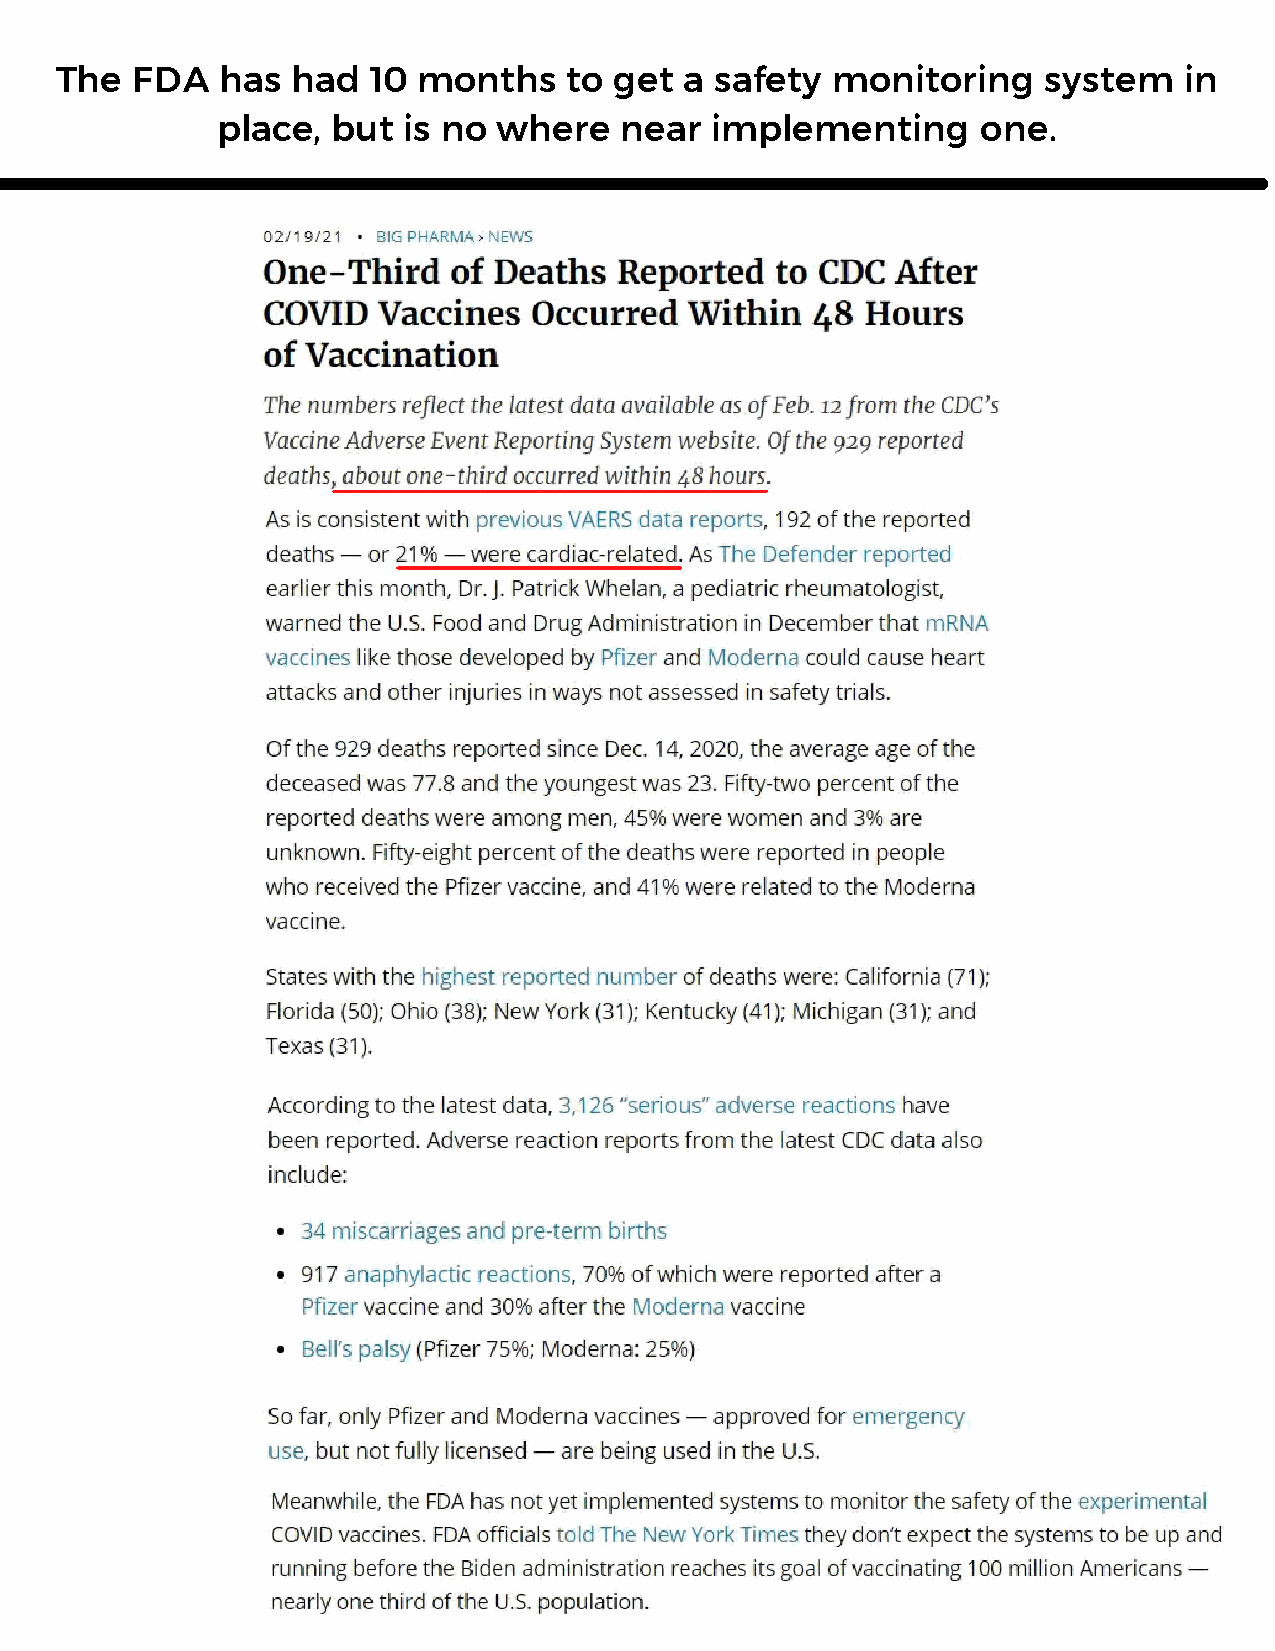
The  FDA   has had   10 months    to get a safety  monitoring    system   in
 place,  but  is no where   near  implementing      one.